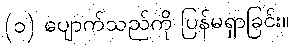
(၁) ပျောက်သည်ကို ပြန်မရှာခြင်း။